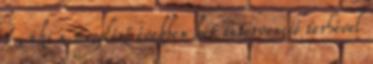
1 , aki a megelőző években két intervenció terhével